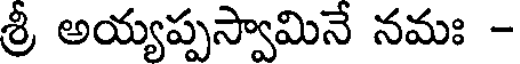
శ్రీ అయ్యప్పస్వామినే నమః -